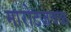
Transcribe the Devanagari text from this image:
मारोटजवळ